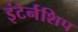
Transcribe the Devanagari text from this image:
इंटेर्नशिप